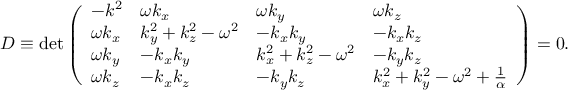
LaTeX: D \equiv \mathrm { { d e t } } \left( \begin{array} { l l l l } { { - k ^ { 2 } } } & { { \omega k _ { x } } } & { { \omega k _ { y } } } & { { \omega k _ { z } } } \\ { { \omega k _ { x } } } & { { k _ { y } ^ { 2 } + k _ { z } ^ { 2 } - \omega ^ { 2 } } } & { { - k _ { x } k _ { y } } } & { { - k _ { x } k _ { z } } } \\ { { \omega k _ { y } } } & { { - k _ { x } k _ { y } } } & { { k _ { x } ^ { 2 } + k _ { z } ^ { 2 } - \omega ^ { 2 } } } & { { - k _ { y } k _ { z } } } \\ { { \omega k _ { z } } } & { { - k _ { x } k _ { z } } } & { { - k _ { y } k _ { z } } } & { { k _ { x } ^ { 2 } + k _ { y } ^ { 2 } - \omega ^ { 2 } + { \frac { 1 } { \alpha } } } } \end{array} \right) = 0 .